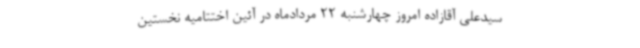
سیدعلی آقازاده امروز چهارشنبه 22 مردادماه در آئین اختتامیه نخستین